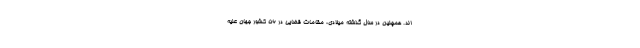
اند. همچنین در سال گذشته میلادی، مقامات قضایی در 56 کشور جهان علیه